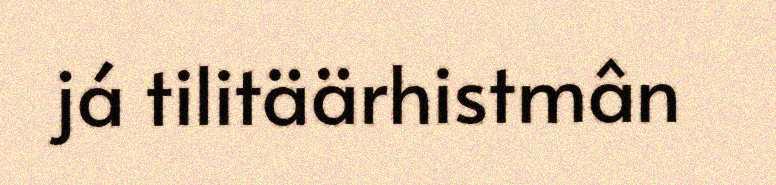
já tilitäärhistmân